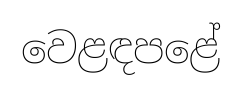
වෙළඳපළේ